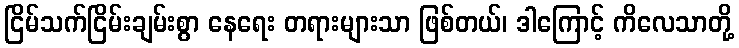
ငြိမ်သက်ငြိမ်းချမ်းစွာ နေရေး တရားများသာ ဖြစ်တယ်၊ ဒါကြောင့် ကိလေသာတို့